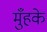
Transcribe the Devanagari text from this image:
मुँहके